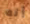
إنه